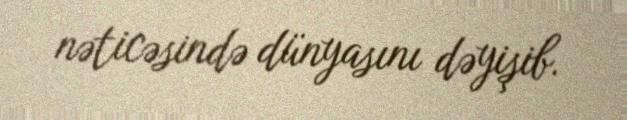
nəticəsində dünyasını dəyişib.